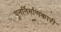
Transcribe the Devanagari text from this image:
पुनर्निर्माणकारी